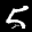
Label: 5